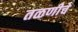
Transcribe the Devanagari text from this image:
तळणीचे